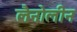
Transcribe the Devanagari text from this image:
लैनोलीन